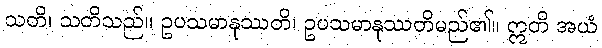
သတိ၊ သတိသည်။ ဥပသမာနုဿတိ၊ ဥပသမာနုဿတိမည်၏။ ဣတိ အယံ